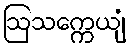
ဩသက္ကေယျံ